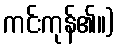
ကင်းကုန်၏။)